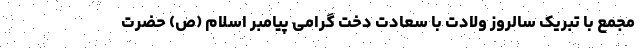
مجمع با تبریک سالروز ولادت با سعادت دخت گرامی پیامبر اسلام (ص) حضرت